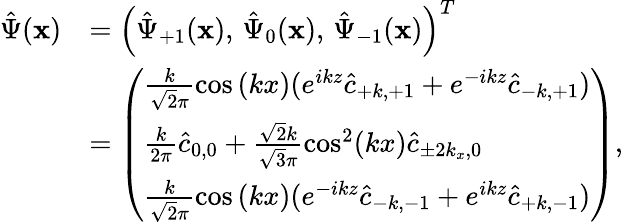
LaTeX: \begin{array}{rl}{\hat{\Psi}(\mathbf{x})}&{=\left(\hat{\Psi}_{+1}(\mathbf{x}),\, \hat{\Psi}_{0}(\mathbf{x}),\, \hat{\Psi}_{-1}(\mathbf{x})\right)^{T}}\\ &{=\left(\begin{array}{l}{\frac{k}{\sqrt{2}\pi}\cos{(kx)}(e^{ikz}\hat{c}_{+k,+1}+e^{-ikz}\hat{c}_{-k,+1})}\\ {\frac{k}{2\pi}\hat{c}_{0,0}+\frac{\sqrt{2}k}{\sqrt{3}\pi}\cos^{2}(kx)\hat{c}_{\pm 2k_{x},0}}\\ {\frac{k}{\sqrt{2}\pi}\cos{(kx)}(e^{-ikz}\hat{c}_{-k,-1}+e^{ikz}\hat{c}_{+k,-1})}\end{array}\right),}\end{array}